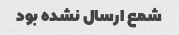
شمع ارسال نشده بود